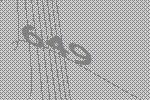
649